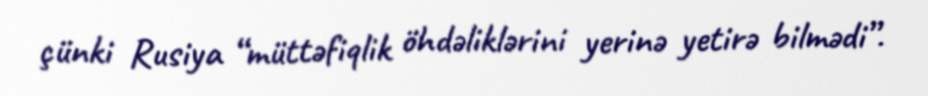
çünki Rusiya “müttəfiqlik öhdəliklərini yerinə yetirə bilmədi”.